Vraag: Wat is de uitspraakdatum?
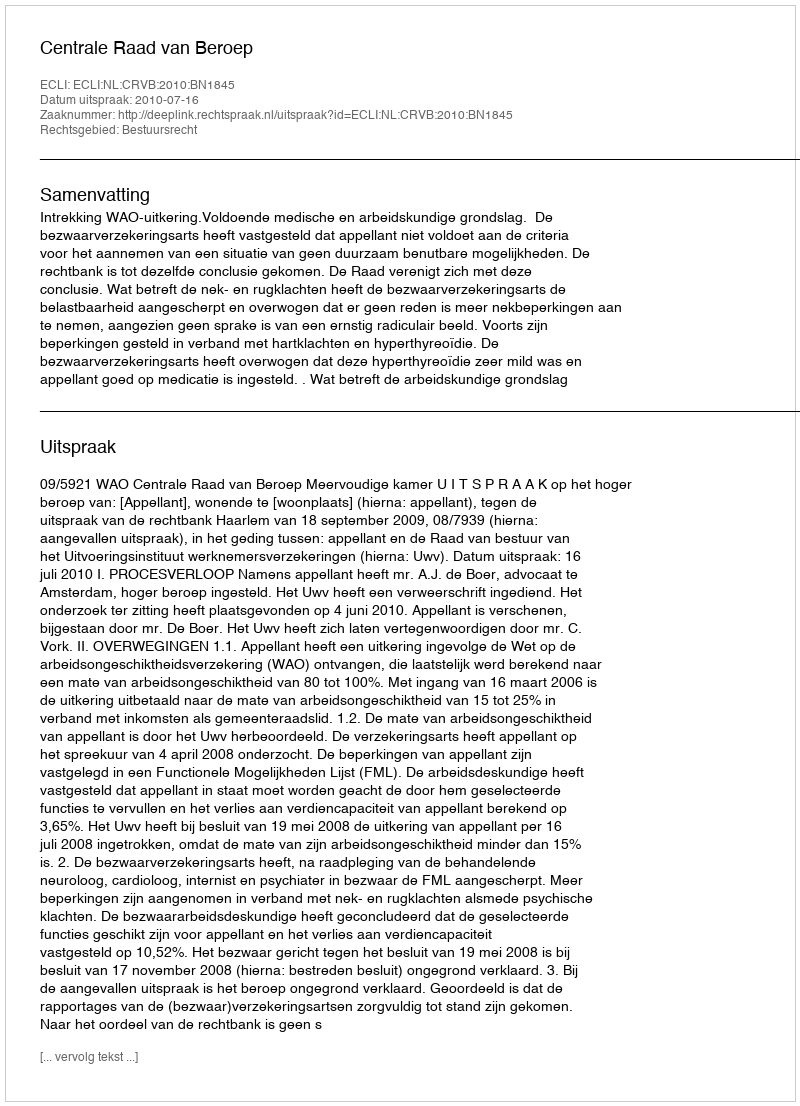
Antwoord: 2010-07-16